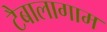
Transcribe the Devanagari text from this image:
टैबालागाम